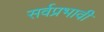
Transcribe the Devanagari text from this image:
सर्वप्रभावी